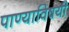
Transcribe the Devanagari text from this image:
पाण्याविषयी